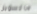
ماكسويل